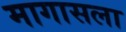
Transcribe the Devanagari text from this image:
मागासला